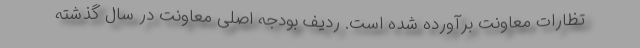
تظارات معاونت برآورده شده است. ردیف بودجه اصلی معاونت در سال گذشته